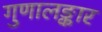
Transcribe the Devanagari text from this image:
गुणालङ्कार